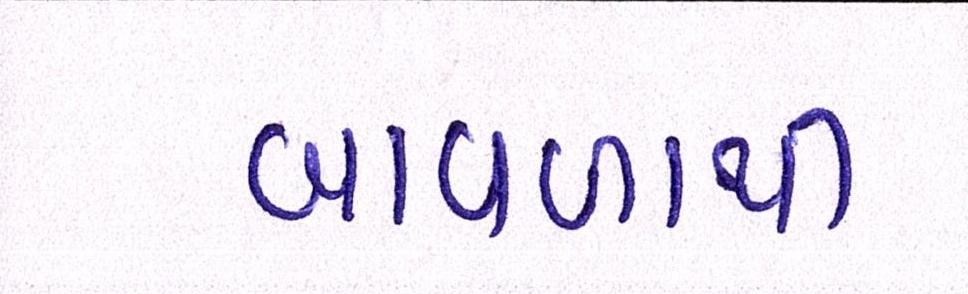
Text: બાવળાથી